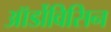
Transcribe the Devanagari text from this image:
ऑर्डोविसिन